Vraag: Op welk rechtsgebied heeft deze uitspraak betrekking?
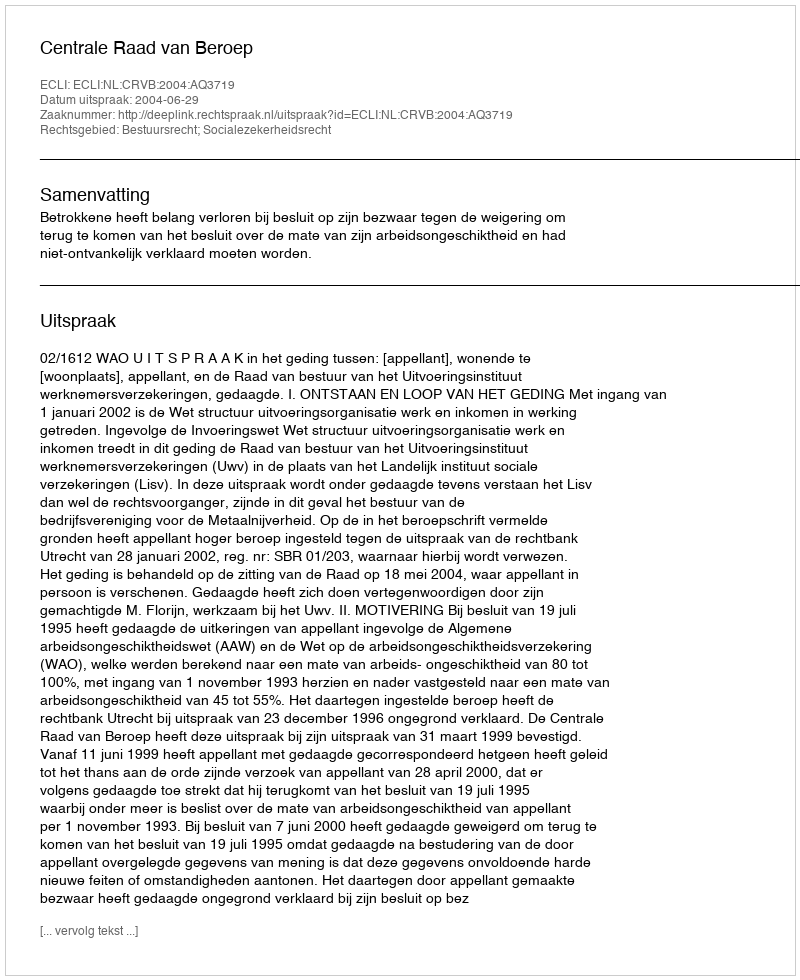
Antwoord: Bestuursrecht; Socialezekerheidsrecht